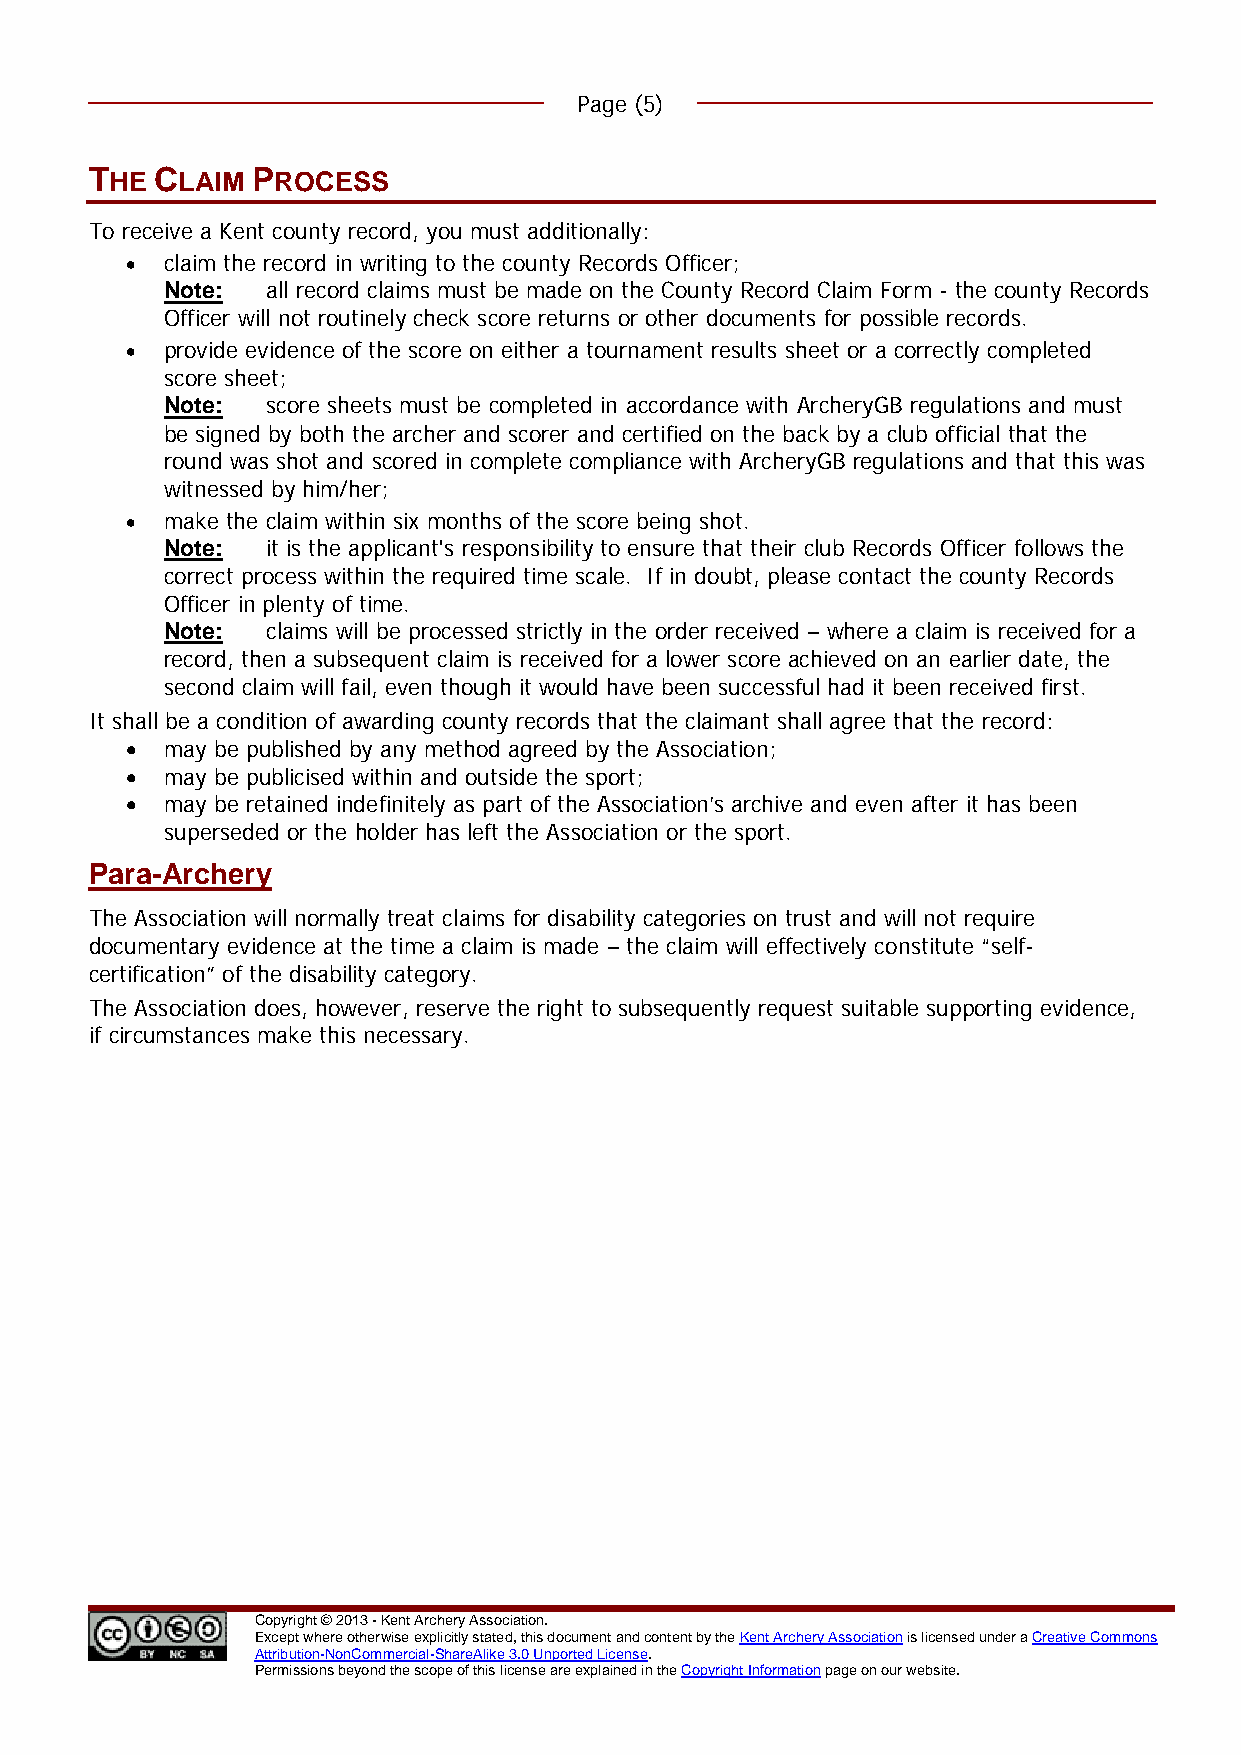
Page (5)
 THE CLAIM  PROCESS
 To receive a Kent county record, you must additionally:
 •  claim the record in writing to the county Records Officer;
 Note:  all record claims must be made on the County Record Claim Form - the county Records
 Officer will not routinely check score returns or other documents for possible records.
 •  provide evidence of the score on either a tournament results sheet or a correctly completed
 score sheet;
 Note:  score sheets must be completed in accordance with ArcheryGB regulations and must
 be signed by both the archer and scorer and certified on the back by a club official that the
 round was shot and scored in complete compliance with ArcheryGB regulations and that this was
 witnessed by him/her;
 •  make the claim within six months of the score being shot.
 Note:  it is the applicant's responsibility to ensure that their club Records Officer follows the
 correct process within the required time scale. If in doubt, please contact the county Records
 Officer in plenty of time.
 Note:  claims will be processed strictly in the order received – where a claim is received for a
 record, then a subsequent claim is received for a lower score achieved on an earlier date, the
 second claim will fail, even though it would have been successful had it been received first.
 It shall be a condition of awarding county records that the claimant shall agree that the record:
 •  may be published by any method agreed by the Association;
 •  may be publicised within and outside the sport;
 •  may be retained indefinitely as part of the Association’s archive and even after it has been
 superseded or the holder has left the Association or the sport.
 Para-Archery
 The Association will normally treat claims for disability categories on trust and will not require
 documentary evidence at the time a claim is made – the claim will effectively constitute “self-
 certification” of the disability category.
 The Association does, however, reserve the right to subsequently request suitable supporting evidence,
 if circumstances make this necessary.
 Copyright © 2013 - Kent Archery Association.
 Except where otherwise explicitly stated, this document and content by the Kent Archery Association is licensed under a Creative Commons
 Attribution-NonCommercial-ShareAlike 3.0 Unported License.
 Permissions beyond the scope of this license are explained in the Copyright Information page on our website.